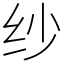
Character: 纱